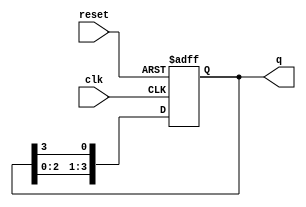
module bistable_ring_counter (
    input wire clk,         // Clock signal
    input wire reset,       // Asynchronous reset signal
    output reg [N-1:0] q   // Output states (N bits)
);
    parameter N = 4;       // Number of flip-flops (you can change this to the required number)

    // Initial state setup
    always @(posedge clk or posedge reset) begin
        if (reset) begin
            q <= 1'b1;     // Initialize the counter to first flip-flop set
        end else begin
            q <= {q[N-2:0], q[N-1]}; // Shift the state to the right
        end
    end

endmodule